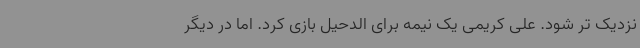
نزدیک تر شود. علی کریمی یک نیمه برای الدحیل بازی کرد. اما در دیگر